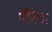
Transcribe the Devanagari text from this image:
गौरैवा